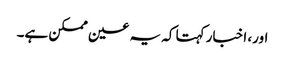
اور، اخبار کہتا کہ یہ عین ممکن ہے۔